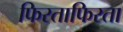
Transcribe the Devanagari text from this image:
फिरताफिरता